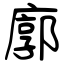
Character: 廓